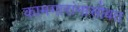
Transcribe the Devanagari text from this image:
कामगारांनासोबत